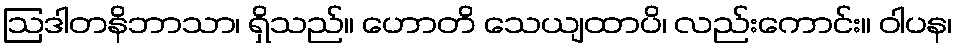
ဩဒါတနိဘာသာ၊ ရှိသည်။ ဟောတိ သေယျထာပိ၊ လည်းကောင်း။ ဝါပန၊